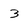
Character: 3